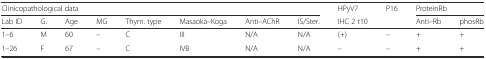
<table><thead><tr><td colspan="8"><b>Clinicopathological data</b></td><td><b>HPyV7</b></td><td><b>P16</b></td><td colspan="2"><b>ProteinRb</b></td></tr><tr><td><b>Lab ID</b></td><td><b>G.</b></td><td><b>Age</b></td><td><b>MG</b></td><td><b>Thym. type</b></td><td><b>Masaoka–Koga</b></td><td><b>Anti–AChR</b></td><td><b>IS/Ster.</b></td><td><b>IHC 2 t10</b></td><td></td><td><b>Anti–Rb</b></td><td><b>phosRb</b></td></tr></thead><tbody><tr><td>1–6</td><td>M</td><td>60</td><td>–</td><td>C</td><td>III</td><td>N/A</td><td>N/A</td><td>(+)</td><td>–</td><td>+</td><td>+</td></tr><tr><td>1–26</td><td>F</td><td>67</td><td>–</td><td>C</td><td>IVB</td><td>N/A</td><td>N/A</td><td>–</td><td>–</td><td>+</td><td>+</td></tr></tbody></table>